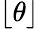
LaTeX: \lfloor\theta\rfloor